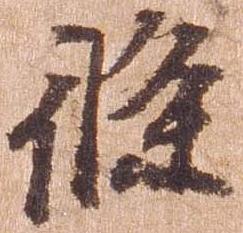
条